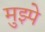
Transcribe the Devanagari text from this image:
मुझ्पे